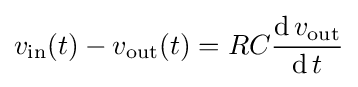
v_{\text{in}}(t)-v_{\text{out}}(t)=RC{\frac {\operatorname {d} v_{\text{out}}}{\operatorname {d} t}}